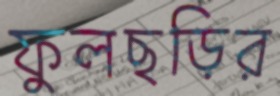
ফুলছড়ির